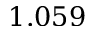
1 . 0 5 9